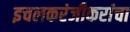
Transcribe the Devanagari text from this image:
इचलकरंजीकरांचा